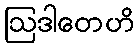
ဩဒါတေဟိ